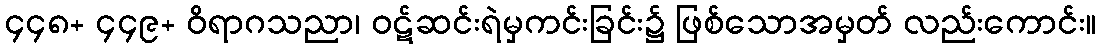
၄၄၈+ ၄၄၉+ ဝိရာဂသညာ၊ ဝဋ်ဆင်းရဲမှကင်းခြင်း၌ ဖြစ်သောအမှတ် လည်းကောင်း။